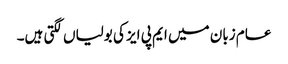
عام زبان میں ایم پی ایز کی بولیاں لگتی ہیں۔